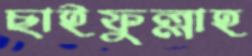
ছাইফুল্লাহ